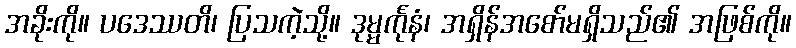
အခိုးကို။ ပဒေဿတိ၊ ပြသကဲ့သို့။ ဒုမ္မင်္ကုနံ၊ အရှိန်အစော်မရှိသည်၏ အဖြစ်ကို။